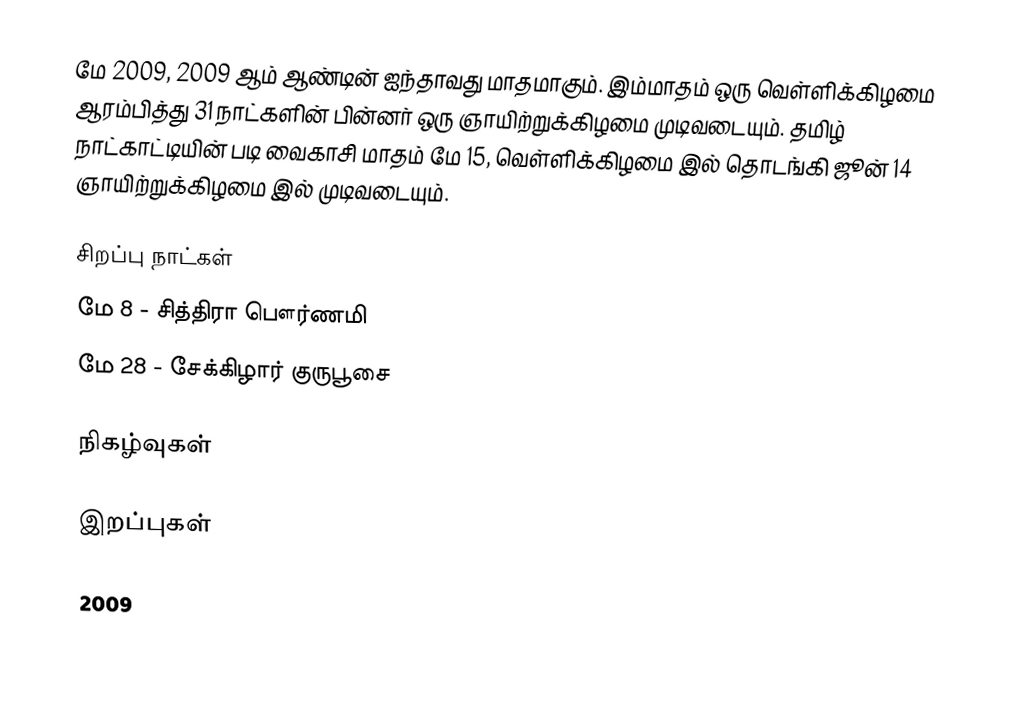
மே 2009, 2009 ஆம் ஆண்டின் ஐந்தாவது மாதமாகும். இம்மாதம் ஒரு வெள்ளிக்கிழமை ஆரம்பித்து 31 நாட்களின் பின்னர் ஒரு ஞாயிற்றுக்கிழமை முடிவடையும். தமிழ் நாட்காட்டியின் படி வைகாசி மாதம் மே 15, வெள்ளிக்கிழமை இல் தொடங்கி ஜூன் 14 ஞாயிற்றுக்கிழமை இல் முடிவடையும்.

சிறப்பு நாட்கள்
 மே 8 - சித்திரா பௌர்ணமி
 மே 28 - சேக்கிழார் குருபூசை

நிகழ்வுகள்

இறப்புகள்

2009